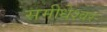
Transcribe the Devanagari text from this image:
समीधेश्वर